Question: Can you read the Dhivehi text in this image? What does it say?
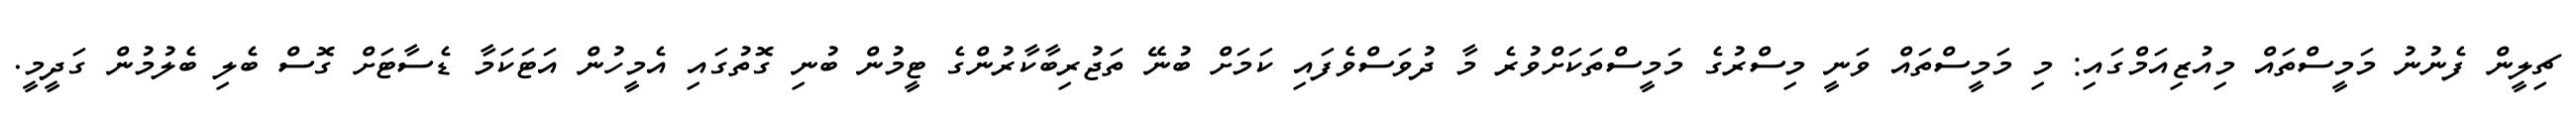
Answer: ޗިލީން ފެނުނު މަމީސްތައް މިއުޒިއަމްގައި: މި މަމީސްތައް ވަނީ މިސްރުގެ މަމީސްތަކަށްވުރެ މާ ދުވަސްވެފައި ކަމަށް ބުނޭ ތަޖުރިބާކާރުންގެ ޓީމުން ބުނި ގޮތުގައި އެމީހުން އަޓަކަމާ ޑެސާޓަށް ގޮސް ބެލި ބެލުމުން ގަދީމީ.